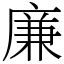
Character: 廉